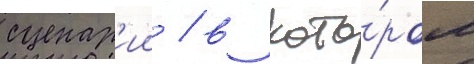
сценар'ии / в кото́ром